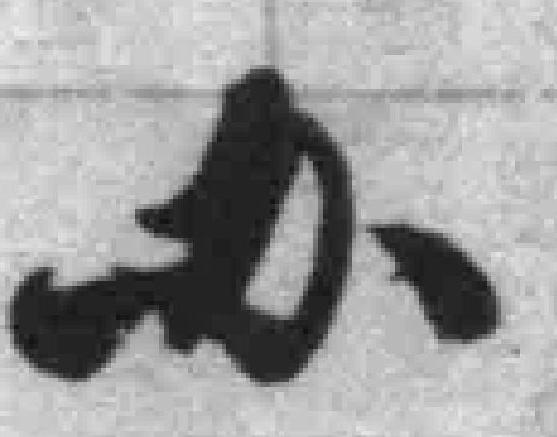
办